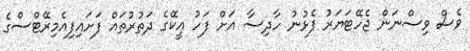
ވެސް ވިސްނަން ޖެހޭޓަޔަރު ފެޅުނު ހާދިސާ އަށް ފަހު އީކޭގެ ދަތުރުތައް ފަށައިފިއެމިރޭޓްސްގެ